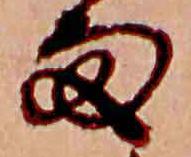
雨